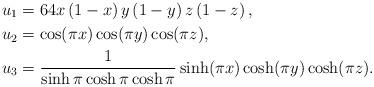
LaTeX: \begin{align*}u_{1} & =64x\left(1-x\right)y\left(1-y\right)z\left(1-z\right),\\u_{2} & =\cos(\pi x)\cos(\pi y)\cos(\pi z),\\u_{3} & =\frac{1}{\sinh\pi\cosh\pi\cosh\pi}\sinh(\pi x)\cosh(\pi y)\cosh(\pi z).\end{align*}